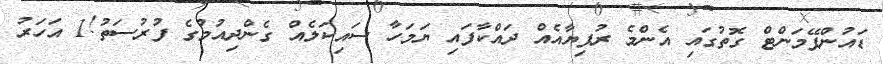
ޑައުންޕޭމަންޓް ގޮތުގައި އެންމެ ރުފިޔާއެއް ދައްކާފައި ޔަމަހާ ސައިކަލެއް ގެންދިއުމުގެ ފުރުސަތު!1 އަހަރު